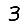
Digit: 3